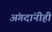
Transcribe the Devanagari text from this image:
अंगदांनीही